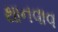
થાનવાવ